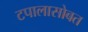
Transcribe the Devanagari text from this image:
टपालासोबत